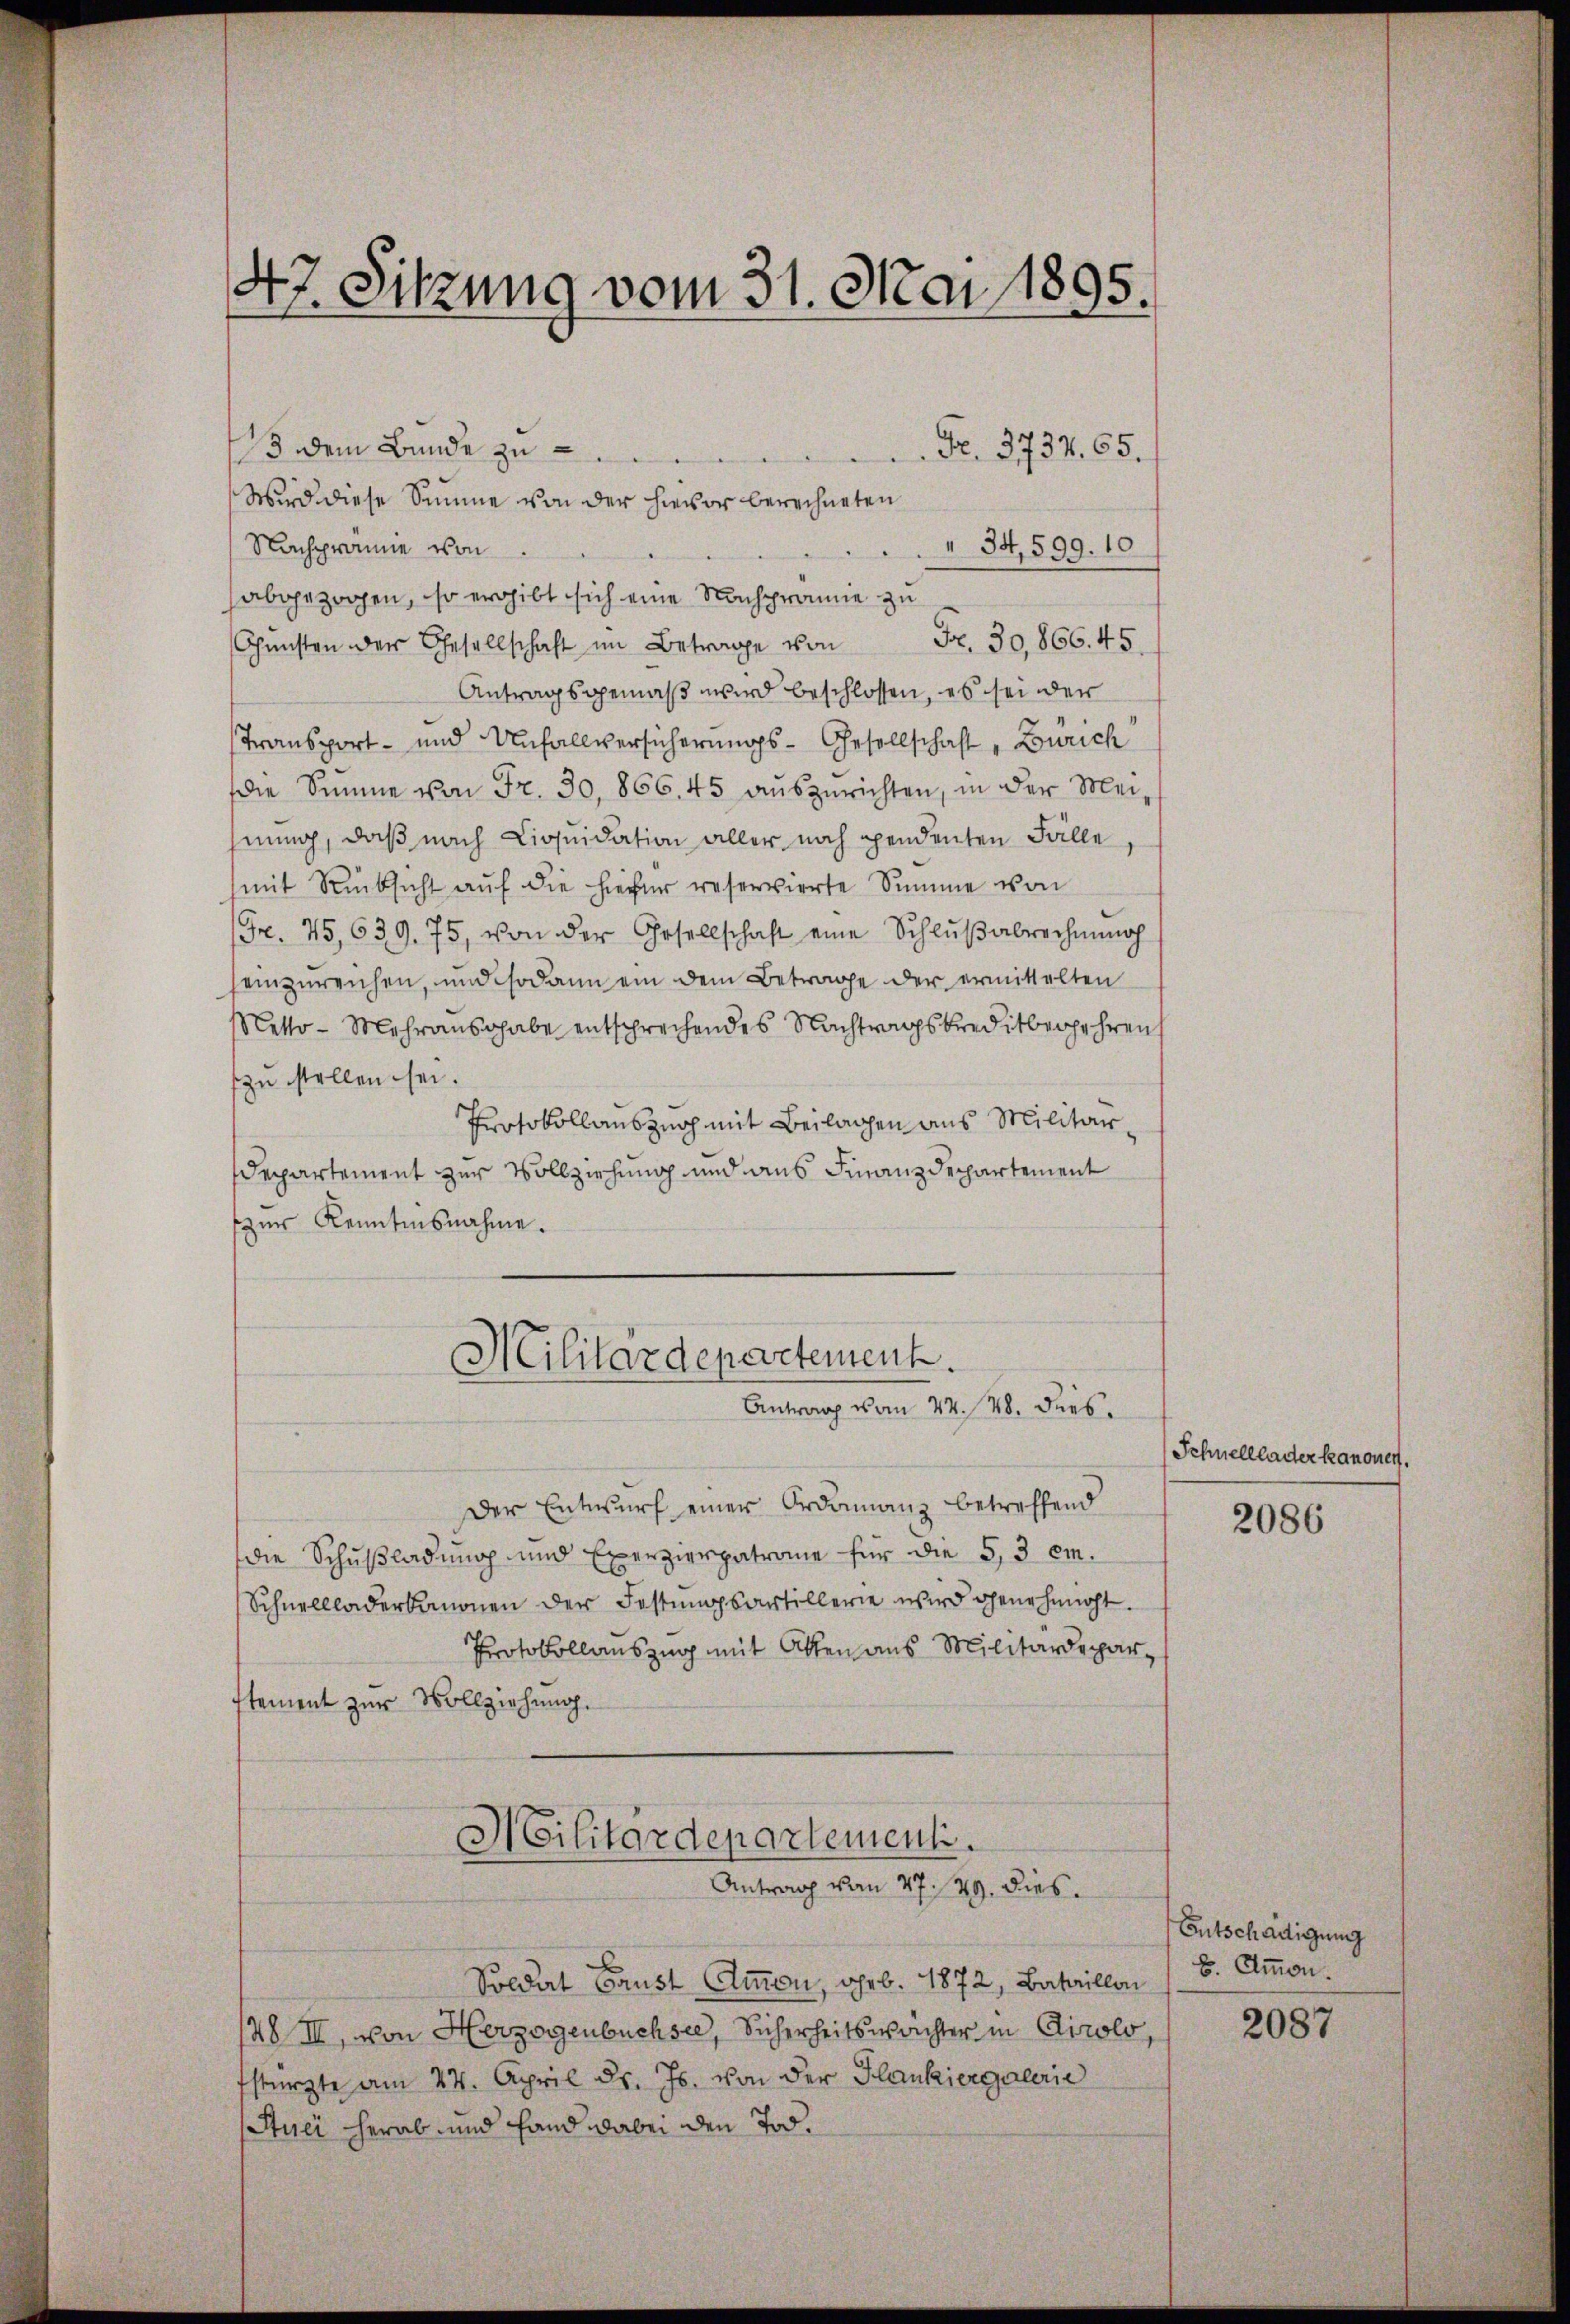
47. Sitzung vom 31. Mai 1895.

Fr. 3734. 65.
13 dem Bunde zu
Wird diese Simme von der hievor berechneten
Nachprämie von
34,599. 10
abgezogen, so ergibt sich eine Nachprämie zu
Chensten der Gesellschaft im Betrage von Fr. 30,866. 45
Antragsgemäß wird beschlossen, es sei der
Transport- und Unfallversicherungs-Gesellschaft, Zürich
die Simme von Fr. 30, 866. 45 auszurichten, in der Meihnung, daß nach Liquidation aller noch pendenten Fälle
mit Rücksicht auf die hiefür reservierte Summe von
Gr. 75, 639. 75, von der Gesellschaft eine Schlŭβabrechnung
einzureichen, und sodann ein dem Betrage der ermittelten
Netto- Mehranschabe entsprechendes Nachtragskreditbegehren
zu stellen sei.
Protokollauszug mit Beilagen aus Militär¬
Departement zur Vollziehung und aus Finanzdepartement
zur Kenntnisnahme.
Militärdepartement.
Antrag vom 24. 48. dies
Der Entwurf einer Ordinanz betreffend
die Schußladung und Exerzierpatrone für die 5,3 em.
Schnellladerbanonen der Festungsartillerie wird genehmigt.
Protokollauszug mit Akten aus Militärdeparstement zur Vollziehung.
Militärdepartement.
Antrag von 47. 29. dies
Soldat Baust Ammen, geb. 1872, Bataillon
48 III, von Herzogenbüchsee, Sicherheitswächter in Airolo
fstürzte am 24. April d. Js. von der Flankiergalerie
Auci herab- und Hand dabei den Tod.

Schnelllader kanonen.

2086

Entschädigung
E Ammon.

2087